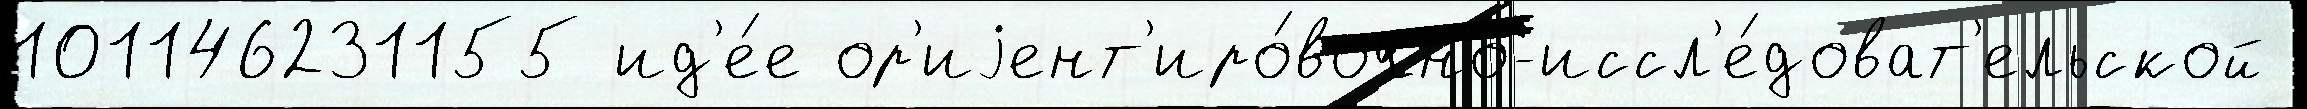
101146231155 ид'е́е ор'иjент'иро́вочно-иссл'е́доват'ельской